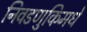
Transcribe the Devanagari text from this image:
निवडणुकिमधे